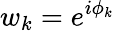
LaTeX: w_{k}=e^{i\phi_{k}}